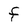
Character: F